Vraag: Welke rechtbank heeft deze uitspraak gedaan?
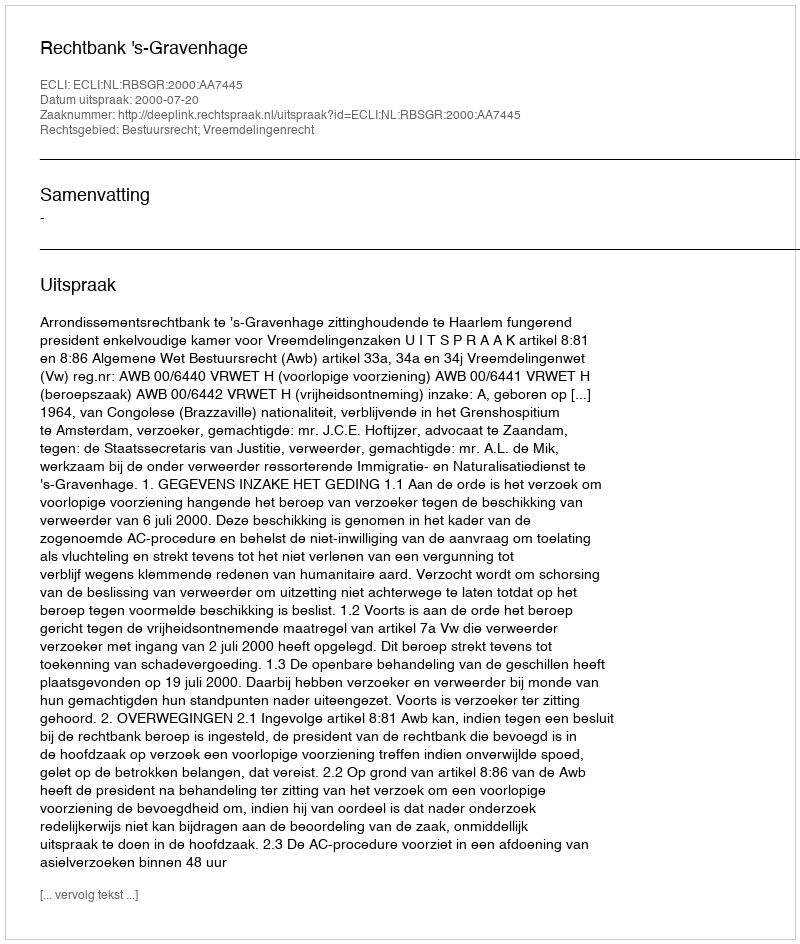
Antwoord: Rechtbank 's-Gravenhage